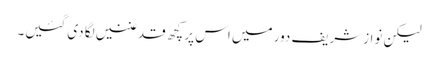
لیکن نوازشریف دور میں اس پر کچھ قدغنیں لگا دی گئیں۔